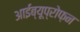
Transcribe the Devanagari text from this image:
आईब्यूप्रोफ़न